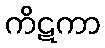
ကိဋကာ